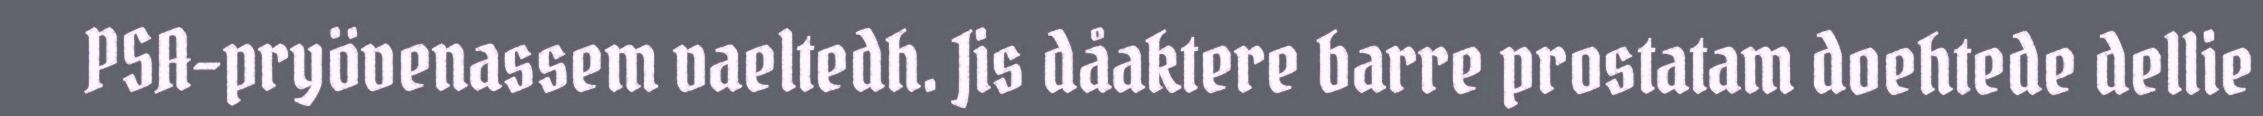
PSA-pryövenassem vaeltedh. Jis dåaktere barre prostatam doehtede dellie